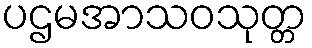
ပဌမအာသဝသုတ္တ